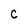
Character: C